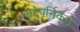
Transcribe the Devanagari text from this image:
कोपर्निकम